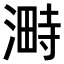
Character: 𣻞